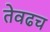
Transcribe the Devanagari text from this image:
तेवढच